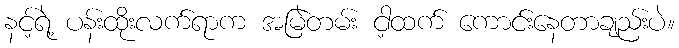
နင့်ရဲ့ ပန်းထိုးလက်ရာက အမြဲတမ်း ငါ့ထက် ကောင်းနေတာချည်းပဲ။